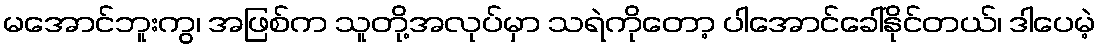
မအောင်ဘူးကွ၊ အဖြစ်က သူတို့အလုပ်မှာ သရဲကိုတော့ ပါအောင်ခေါ်နိုင်တယ်၊ ဒါပေမဲ့